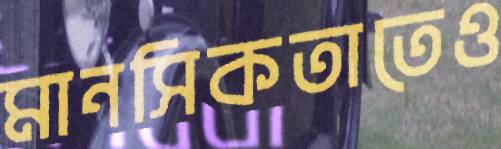
মানসিকতাতেও